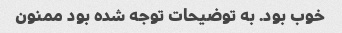
خوب بود. به توضیحات توجه شده بود ممنون